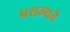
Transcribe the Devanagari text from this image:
प्रसज्यते